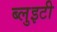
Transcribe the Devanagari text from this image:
ब्लुइटी